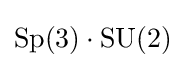
\mathrm {Sp} (3)\cdot \mathrm {SU} (2)